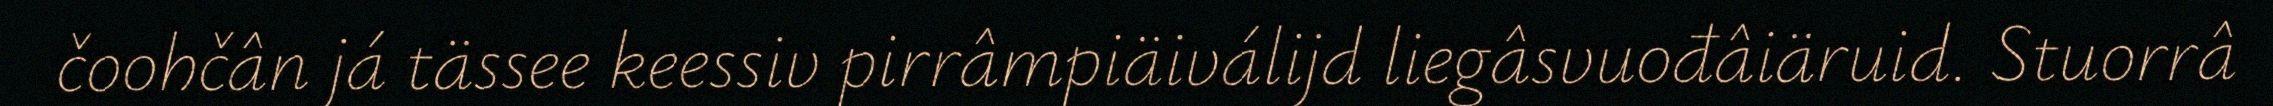
čoohčân já tässee keessiv pirrâmpiäiválijd liegâsvuođâiäruid. Stuorrâ